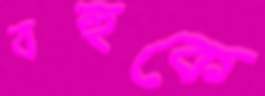
বহুকে